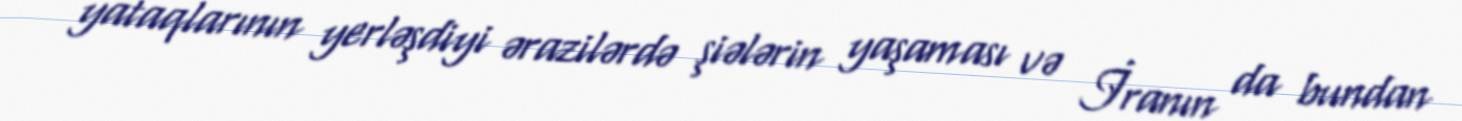
yataqlarının yerləşdiyi ərazilərdə şiələrin yaşaması və İranın da bundan